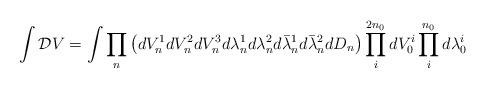
LaTeX: \begin{align*}\int {\cal D}V = \int \prod_{n} \left( d V_{n}^{1} d V_{n}^{2} d V_{n}^{3} d \lambda_{n}^{1} d \lambda_{n}^{2} d\bar{\lambda}_{n}^{1} d\bar{\lambda}_{n}^{2} d D_{n}\right) \prod_{i}^{2 n_{0}} d V_{0}^{i} \prod_{i}^{n_{0}} d\lambda_{0}^{i}\end{align*}